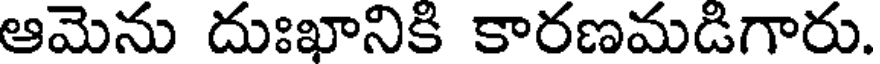
ఆమెను దుఃఖానికి కారణమడిగారు.